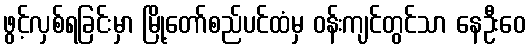
ဖွင့်လှစ်ရခြင်းမှာ မြို့တော်စည်ပင်ထံမှ ဝန်းကျင်တွင်သာ နေဦးဝေ